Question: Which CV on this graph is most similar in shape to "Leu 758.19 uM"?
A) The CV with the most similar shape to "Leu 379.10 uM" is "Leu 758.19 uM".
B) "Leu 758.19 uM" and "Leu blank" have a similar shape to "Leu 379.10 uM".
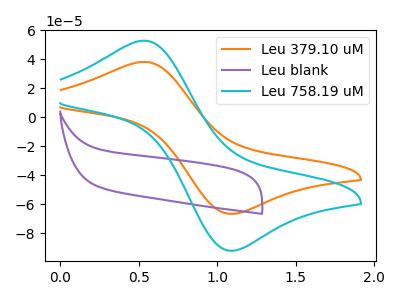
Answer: <think>The orange curve "Leu 379.10 uM" has an anodic peak at (0.55V, 38.20uA) and a cathodic peak at (1.10V, -66.45uA). The purple curve "Leu blank" has no peaks. The cyan curve "Leu 758.19 uM" has an anodic peak at (0.55V, 52.80uA) and a cathodic peak at (1.10V, -91.85uA).
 "Leu 379.10 uM" and "Leu blank" have a different number of peaks. All the peaks in "Leu 379.10 uM" have a peak in "Leu 758.19 uM" at the same potential. Every peak in "Leu 379.10 uM" is lower than every peak in "Leu 758.19 uM". "Leu blank" and "Leu 758.19 uM" have a different number of peaks.</think>
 <answer>A) The CV with the most similar shape to "Leu 379.10 uM" is "Leu 758.19 uM".</answer>
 <eval>A</eval>